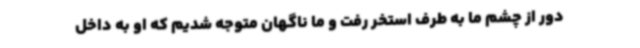
دور از چشم ما به طرف استخر رفت و ما ناگهان متوجه شدیم که او به داخل